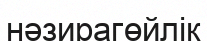
нәзирагөйлік